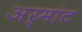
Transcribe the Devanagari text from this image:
अर्मांट